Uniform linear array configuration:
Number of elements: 8
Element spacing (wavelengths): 0.5
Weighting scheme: hann
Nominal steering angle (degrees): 60
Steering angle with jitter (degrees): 60.859
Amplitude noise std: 0.05
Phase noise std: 0.05

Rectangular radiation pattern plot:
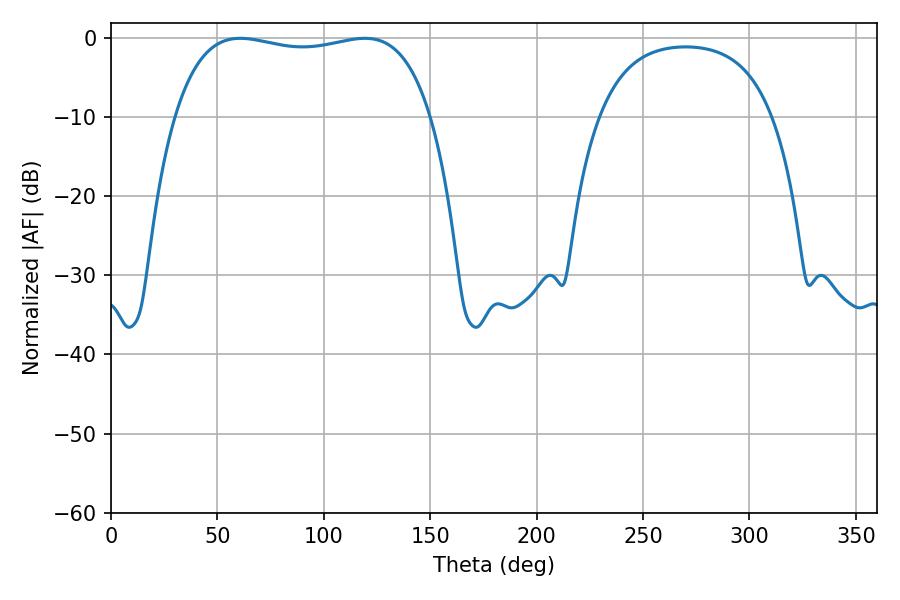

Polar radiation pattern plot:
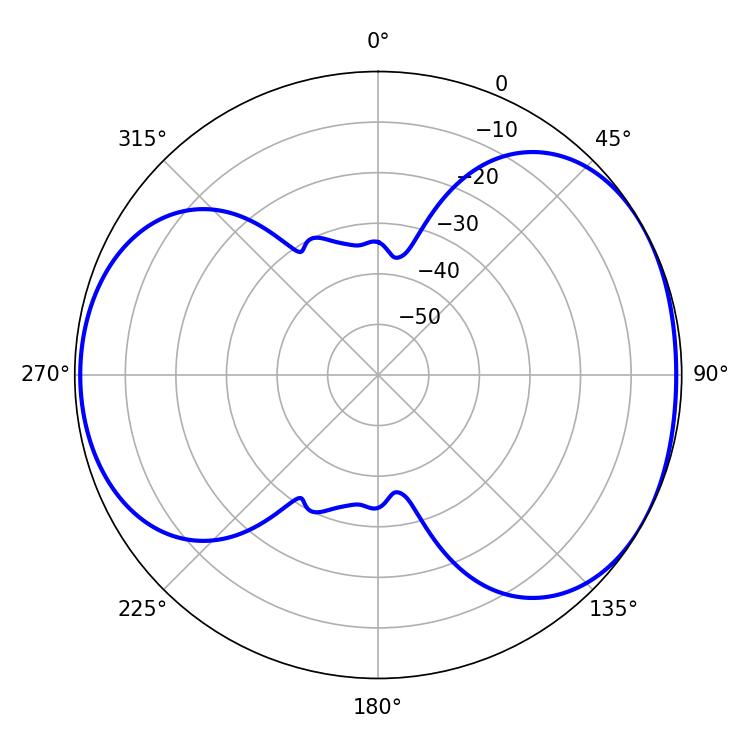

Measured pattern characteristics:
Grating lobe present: FALSE
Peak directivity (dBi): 4.811
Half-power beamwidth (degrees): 97.2
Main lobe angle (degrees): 60.66